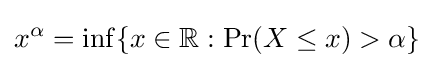
x^{\alpha }=\inf\{x\in \mathbb {R} :\Pr(X\leq x)>\alpha \}